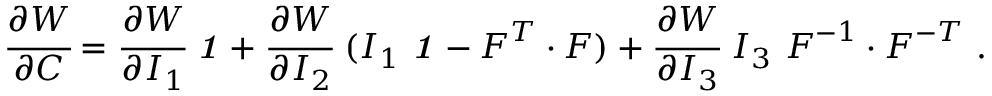
{ \cfrac { \partial W } { \partial { \boldsymbol { C } } } } = { \cfrac { \partial W } { \partial I _ { 1 } } } ~ { \boldsymbol { \mathit { 1 } } } + { \cfrac { \partial W } { \partial I _ { 2 } } } ~ ( I _ { 1 } ~ { \boldsymbol { \mathit { 1 } } } - { \boldsymbol { F } } ^ { T } \cdot { \boldsymbol { F } } ) + { \cfrac { \partial W } { \partial I _ { 3 } } } ~ I _ { 3 } ~ { \boldsymbol { F } } ^ { - 1 } \cdot { \boldsymbol { F } } ^ { - T } ~ .